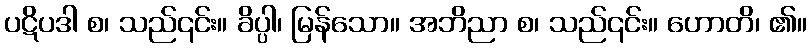
ပဋိပဒါ စ၊ သည်၎င်း။ ခိပ္ပါ၊ မြန်သော။ အဘိညာ စ၊ သည်၎င်း။ ဟောတိ၊ ၏။